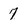
Character: 7